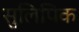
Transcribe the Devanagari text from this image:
सुलिपिक